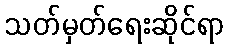
သတ်မှတ်ရေးဆိုင်ရာ